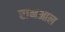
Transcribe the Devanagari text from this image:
रानआल